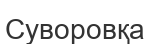
Суворовқа